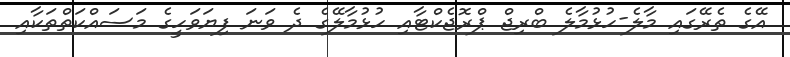
އޭގެ ތެރޭގައި މާލެ-ހުޅުމާލެ ބްރިޖް ޕްރޮޖެކްޓާއި ހުޅުމާލޭގެ ދެ ވަނަ ފިޔަވަހީގެ މަސައްކަތްތަކާއި